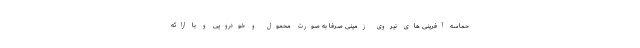
حماسه آفرینی های نیروی زمینی صرفا به صورت محمول و خودرویی و با ارائه